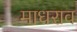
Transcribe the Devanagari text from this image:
माधराव